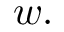
w .